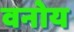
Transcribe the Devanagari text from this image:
वनोय